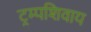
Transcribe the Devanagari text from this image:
ट्रम्पशिवाय